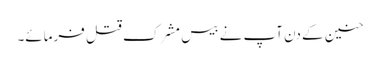
حنین کے دن آپ نے بیس مشرک قتل فرمائے۔